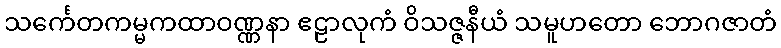
သင်္ကေတကမ္မကထာဝဏ္ဏနာ ဧဠာလုကံ ဝိသဇ္ဇနီယံ သမူဟတော ဘောဂဇာတံ